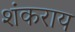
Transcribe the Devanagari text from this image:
शंकराय